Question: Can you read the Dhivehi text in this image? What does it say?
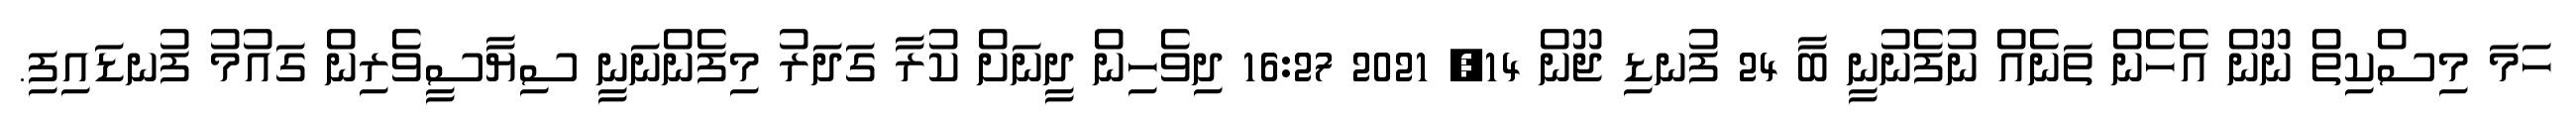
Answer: ހަމަ މިސްކިތް ނޫން އެހެން ތަނެއް ނުފެނުނީ ބާ 24 ފުނޑި ޖޫން 14, 2021 16:27 ދިވެހިން ދީނަށް ކުރާ ގަދަރު މިފެންނަނީ ސިޔާސީވެރިން ގައުމު ފުނޑައިފި.